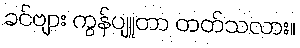
ခင်ဗျား ကွန်ပျူတာ တတ်သလား။